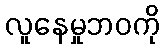
လူနေမှုဘဝကို